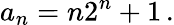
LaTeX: a_{n}=n2^{n}+1\, .